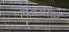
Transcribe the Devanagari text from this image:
वेदवाह्य